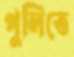
পুলিতে